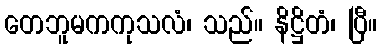
တေဘူမကကုသလံ၊ သည်။ နိဋ္ဌိတံ၊ ပြီ။